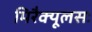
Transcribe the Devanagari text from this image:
मिरैक्यूलसः